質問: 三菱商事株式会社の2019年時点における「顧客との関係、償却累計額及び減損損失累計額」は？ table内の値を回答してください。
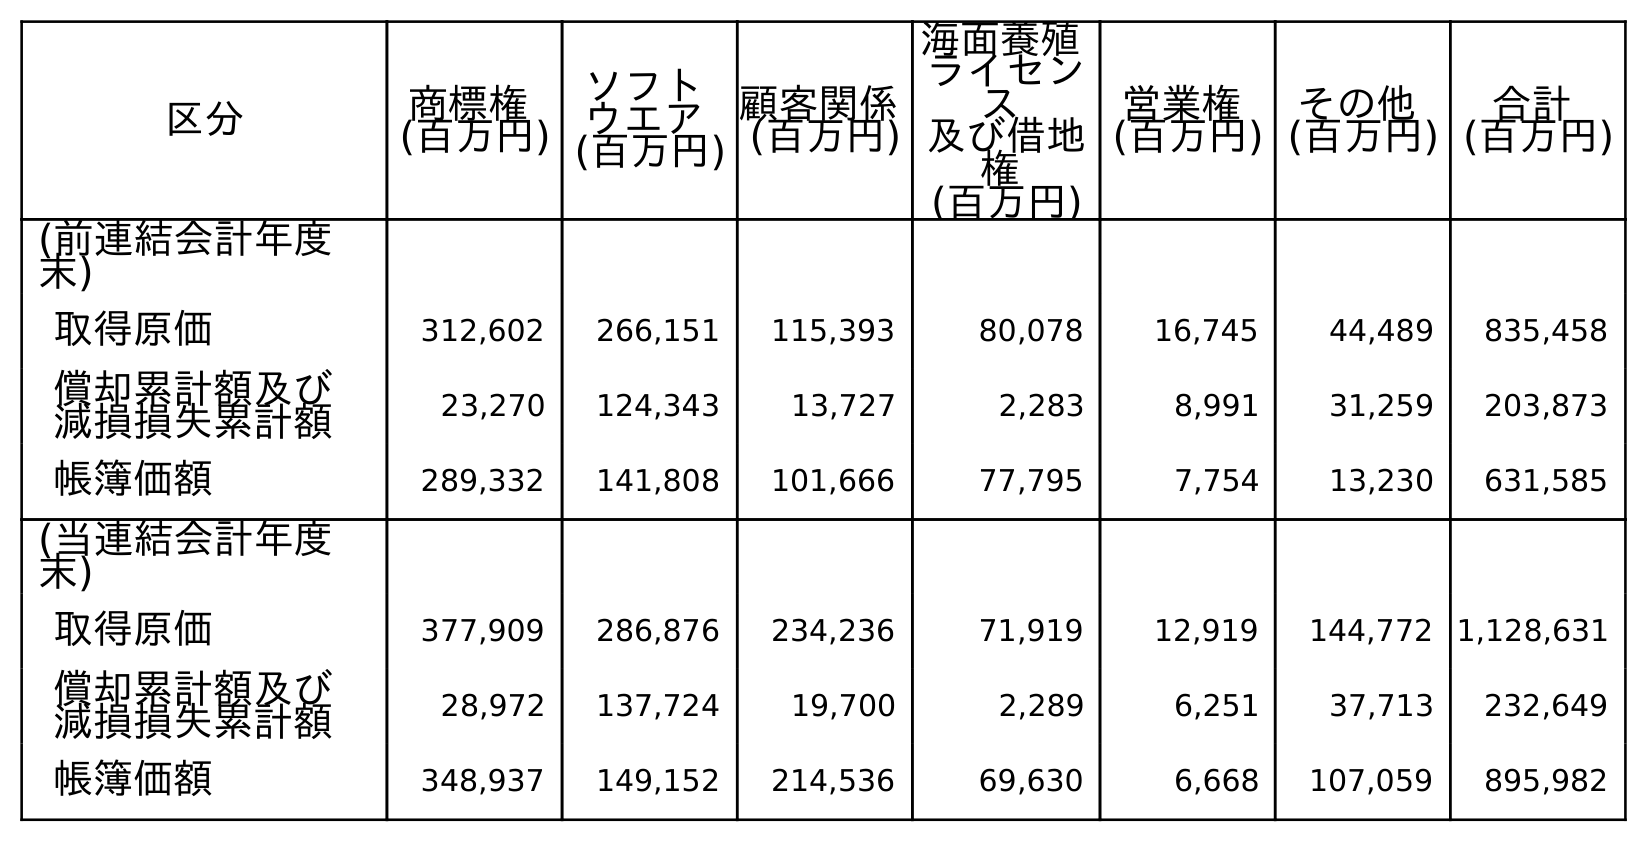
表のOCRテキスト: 区分 商標権 (百万円) ソフト ウエア (百万円) 顧客関係 (百万円) 海面養殖 ライセン ス 及び借地 権 (百万円) 営業権 (百万円) その他 (百万円) 合計 (百万円) (前連結会計年度 末) 取得原価 312,602 266,151 115,393 80,078 16,745 44,489 835,458 償却累計額及び 減損損失累計額 23,270 124,343 13,727 2,283 8,991 31,259 203,873 帳簿価額 289,332 141,808 101,666 77,795 7,754 13,230 631,585 (当連結会計年度 末) 取得原価 377,909 286,876 234,236 71,919 12,919 144,772 1,128,631 償却累計額及び 減損損失累計額 28,972 137,724 19,700 2,289 6,251 37,713 232,649 帳簿価額 348,937 149,152 214,536 69,630 6,668 107,059 895,982
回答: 13,727